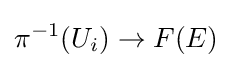
\pi ^{-1}(U_{i})\to F(E)